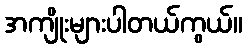
အကျိုးများပါတယ်ကွယ်။